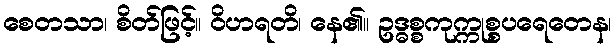
စေတသာ၊ စိတ်ဖြင့်။ ဝိဟရတိ၊ နေ၏။ ဥဒ္ဓစ္စကုက္ကုစ္စပရေတေန၊